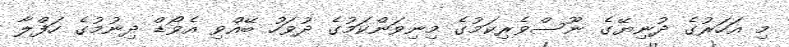
މި އަހަރުގެ ދުނިޔޭގެ ނޫސްވެރިކަމުގެ މިނިވަންކަމުގެ ދުވަހު ބޭއްވި އެވޯޑް ދިނުމުގެ ހަފްލާ